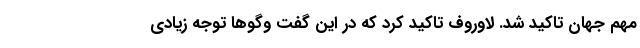
مهم جهان تاکید شد. لاوروف تاکید کرد که در این گفت وگوها توجه زیادی